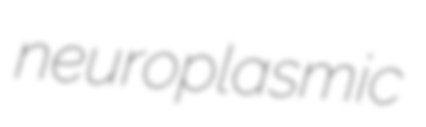
neuroplasmic